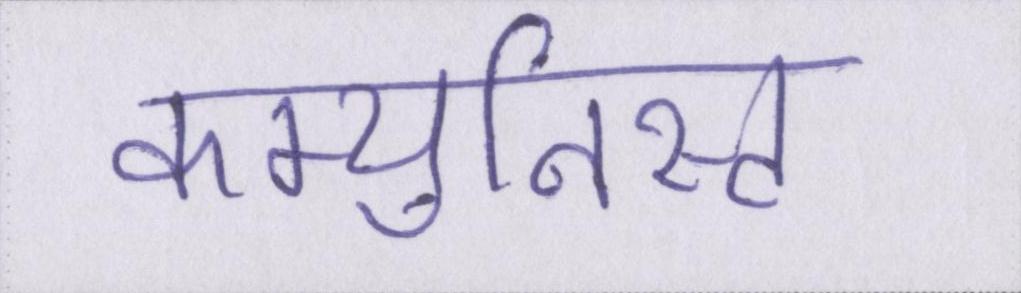
कम्युनिस्ट